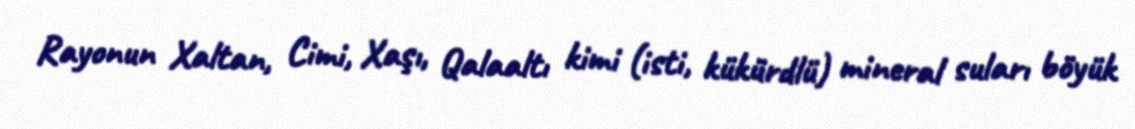
Rayonun Xaltan, Cimi, Xaşı, Qalaaltı kimi (isti, kükürdlü) mineral suları böyük